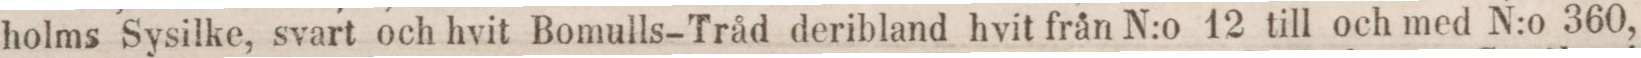
holms Sysilke, svart och hvit Bomulls-Tråd deribland hvit från N:o 12 till och med N:o 360,